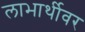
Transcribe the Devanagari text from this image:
लाभार्थीवर